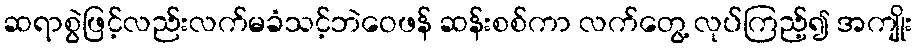
ဆရာစွဲဖြင့်လည်းလက်မခံသင့်ဘဲဝေဖန် ဆန်းစစ်ကာ လက်တွေ့ လုပ်ကြည့်၍ အကျိုး